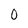
Character: O